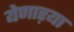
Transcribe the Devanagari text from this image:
येणाऱया